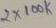
Text: 2x100k